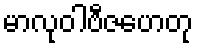
မာလုဝါဗီဇဟေတု